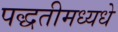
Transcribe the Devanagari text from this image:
पद्धतीमध्यधे